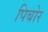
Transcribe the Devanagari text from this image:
पिबोर